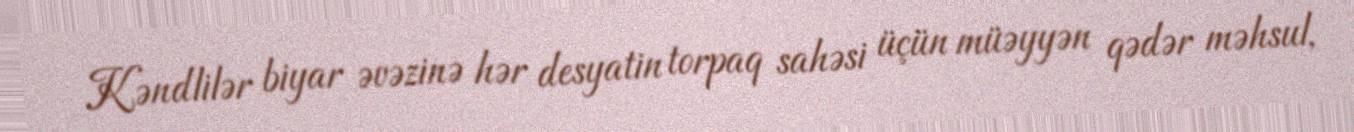
Kəndlilər biyar əvəzinə hər desyatin torpaq sahəsi üçün müəyyən qədər məhsul,